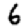
Digit: 6